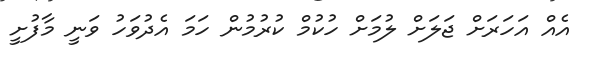
އެއް އަހަރަށް ޖަލަށް ލުމަށް ހުކުމް ކުރުމުން ހަމަ އެދުވަހު ވަނީ މާފުށީ